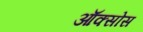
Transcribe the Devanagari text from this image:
ऑक्सोस